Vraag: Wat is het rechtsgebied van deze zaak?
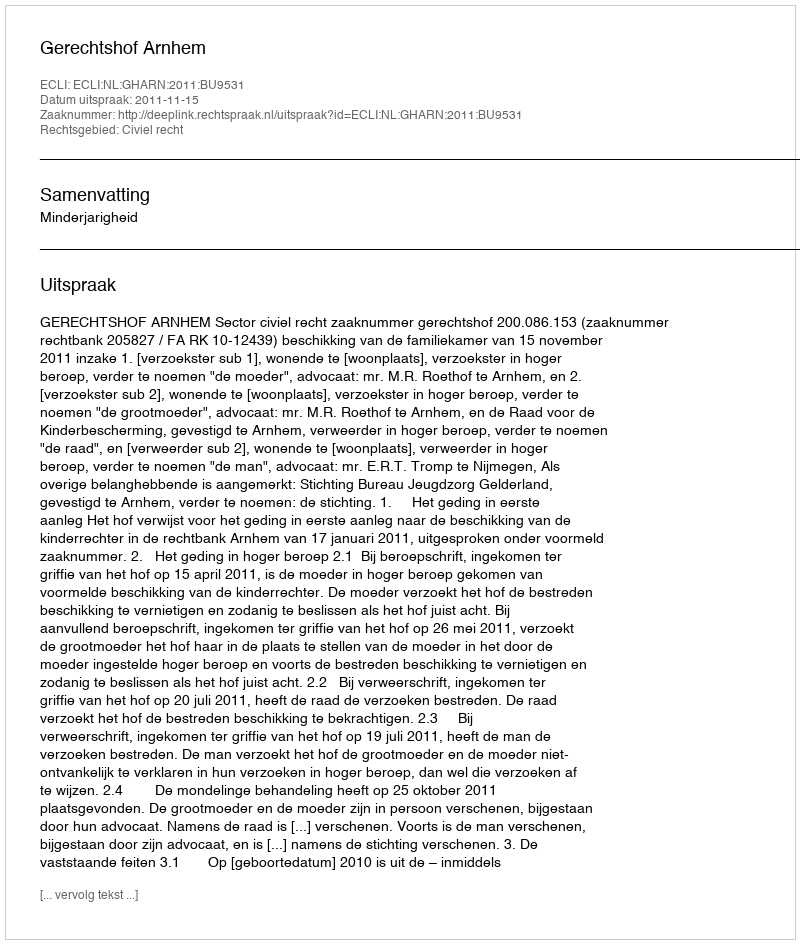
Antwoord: Civiel recht